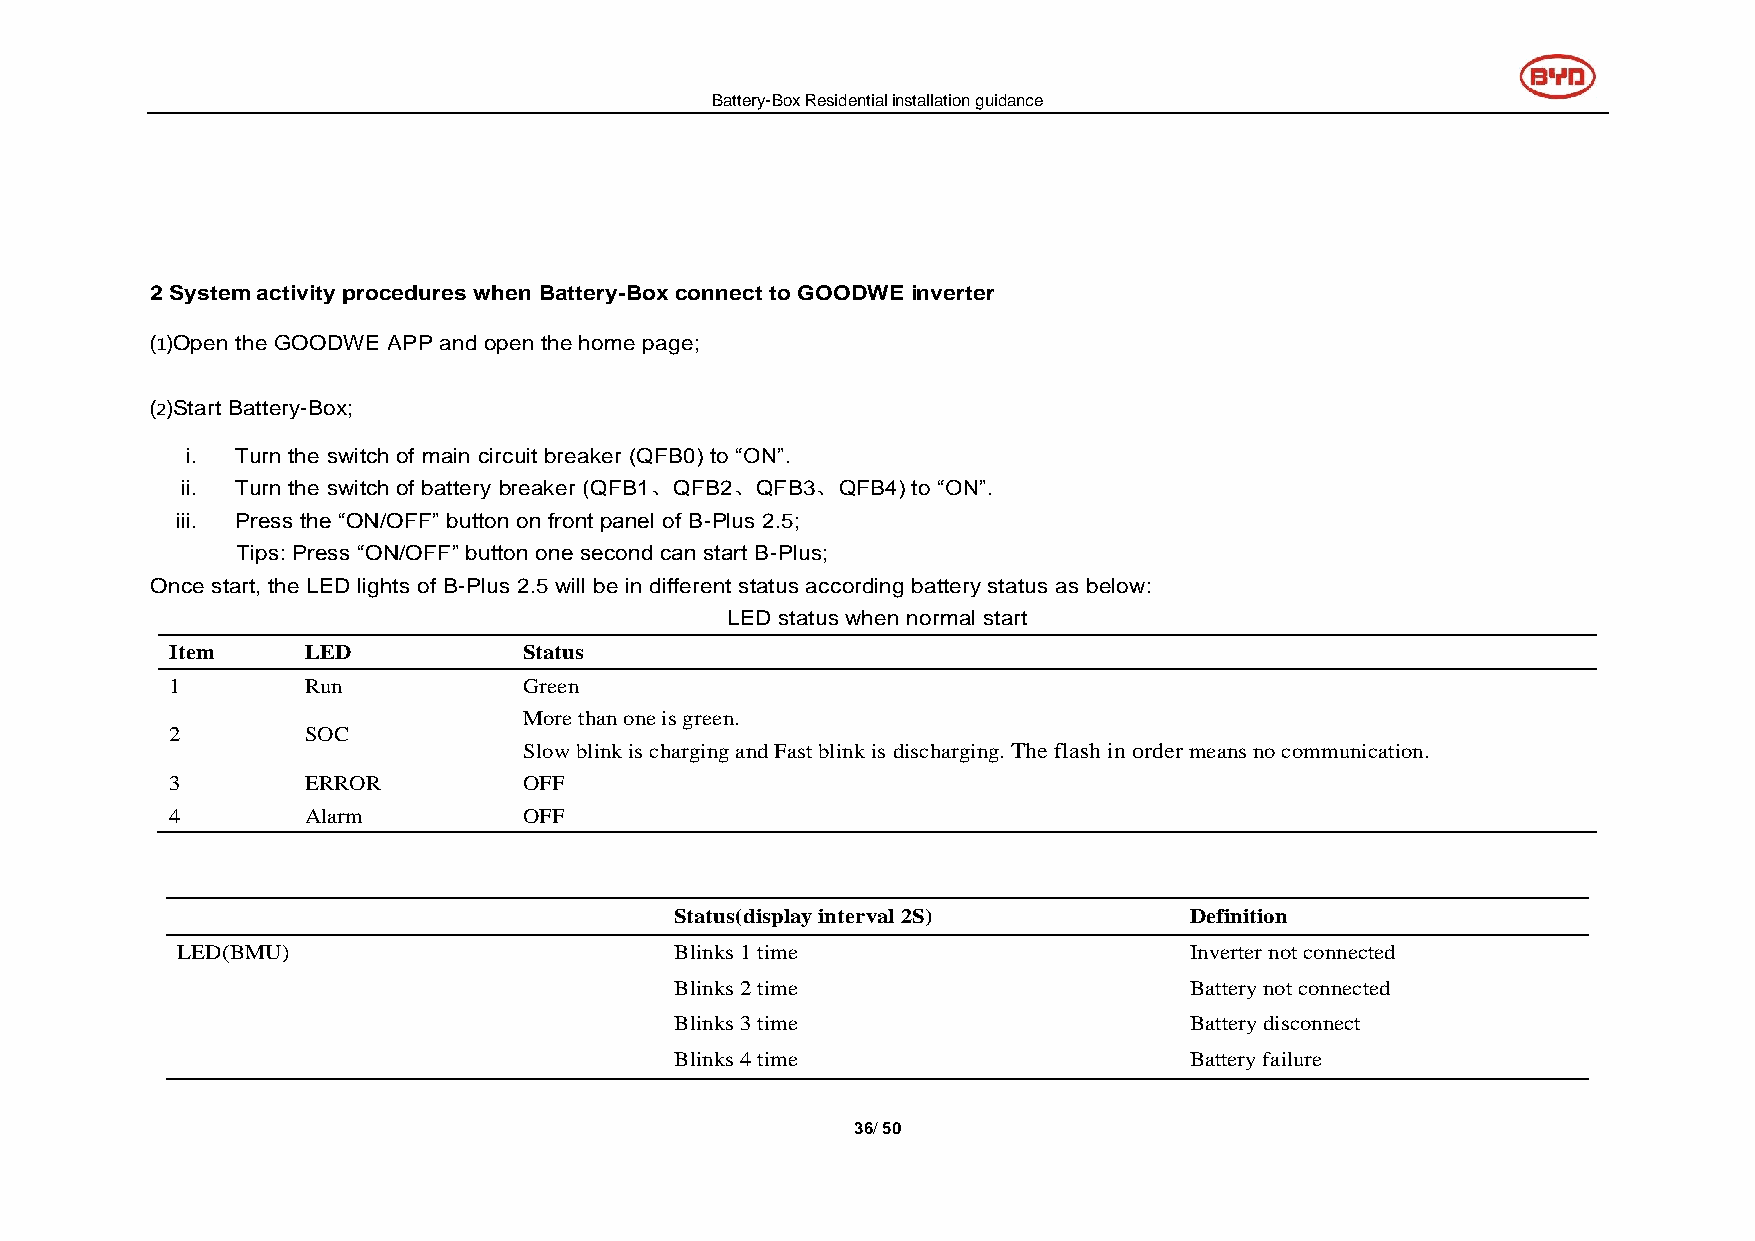
Battery-Box Residential installation guidance
 2 System activity procedures when Battery-Box connect to GOODWE inverter
 ⑴Open the GOODWE APP and open the home page;
 ⑵Start Battery-Box;
 i.  Turn the switch of main circuit breaker (QFB0) to “ON”.
 ii. Turn the switch of battery breaker (QFB1、QFB2、QFB3、QFB4) to “ON”.
 iii. Press the “ON/OFF” button on front panel of B-Plus 2.5;
 Tips: Press “ON/OFF” button one second can start B-Plus;
 Once start, the LED lights of B-Plus 2.5 will be in different status according battery status as below:
 LED status when normal start
 Item     LED            Status
 1        Run            Green
 More than one is green.
 2        SOC
 Slow blink is charging and Fast blink is discharging. The flash in order means no communication.
 3        ERROR          OFF
 4        Alarm          OFF
 Status(display interval 2S)       Definition
 LED(BMU)                         Blinks 1 time                     Inverter not connected
 Blinks 2 time                     Battery not connected
 Blinks 3 time                     Battery disconnect
 Blinks 4 time                     Battery failure
 36/ 50